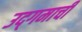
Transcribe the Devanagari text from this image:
उद्‌गमाची